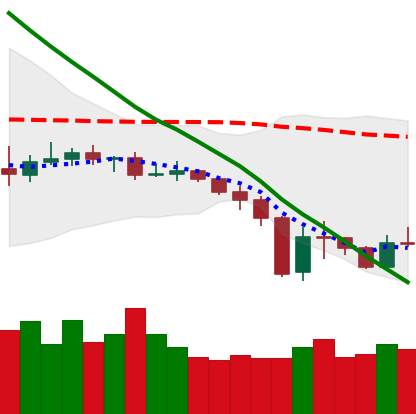
Ticker: XMR-USD
Chart end date: 2019-12-23
Forward return: -3.791%
Label: down_3_5